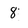
Character: 8